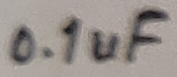
Text: 0.1uF